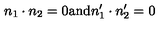
n _ { 1 } \cdot n _ { 2 } = 0 \mathrm { a n d } n _ { 1 } ^ { \prime } \cdot n _ { 2 } ^ { \prime } = 0